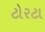
ટોરટા